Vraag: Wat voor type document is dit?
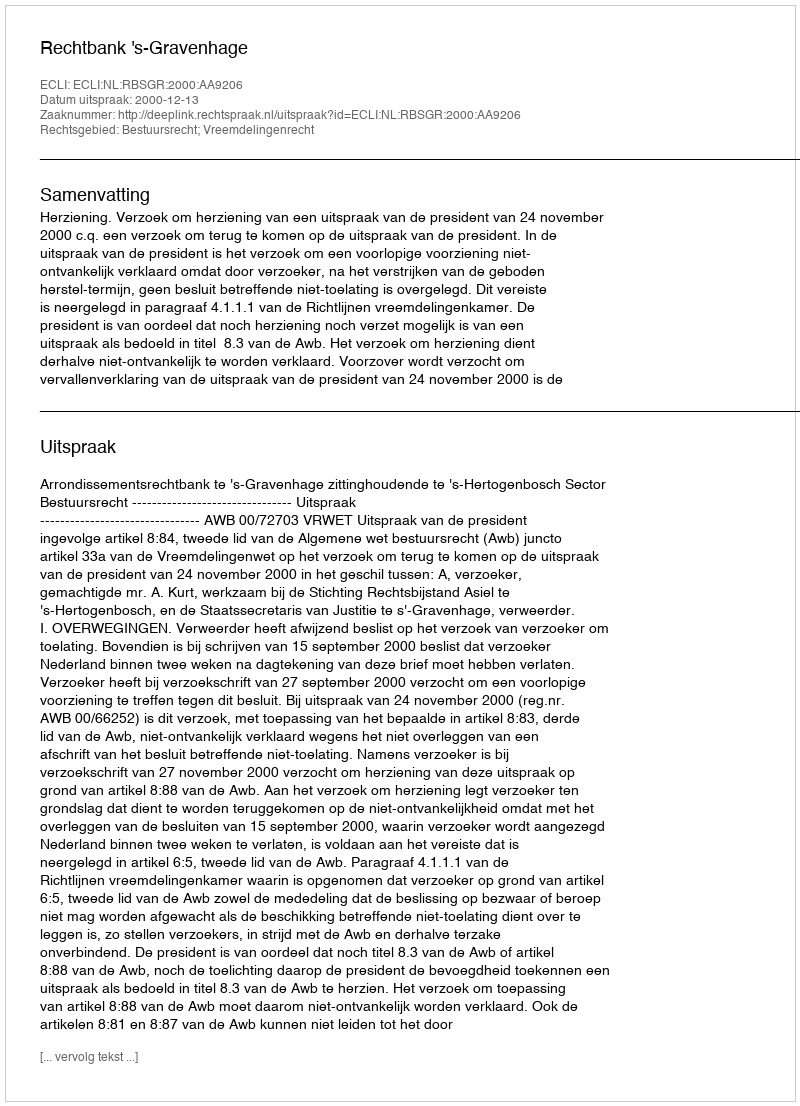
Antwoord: Uitspraak